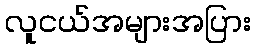
လူငယ်အများအပြား